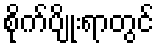
စိုက်ပျိုးရာတွင်